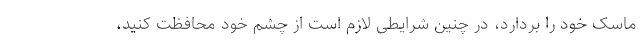
ماسک خود را بردارد، در چنین شرایطی لازم است از چشم خود محافظت کنید،